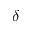
\delta